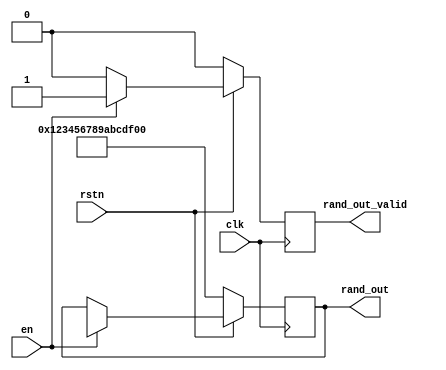
`timescale 1ns / 1ps

module urng#(parameter integer A =64'd6364136223846793005,
parameter integer C= 64'd1442695040888963407,
parameter integer M= 64'd9223372036854775808)(
    input clk,
    input en,
    input rstn,
    output reg [63:0] rand_out,
    output reg rand_out_valid = 0
);

// Parameters for the LCG algorithm
// Modulus (2^63)

// Internal state register
//reg [63:0] state;

// Always block for generating random numbers on each clock edge
always @(posedge clk) begin
    if (!rstn) begin
        // Reset state on reset signal
        rand_out_valid <=0;
        rand_out <= 64'h123456789ABCDEF0; // Initial seed value
    end else begin
        // Update state using LCG algorithm
        if(en)begin
            rand_out <= (A * rand_out + C) % M;
            rand_out_valid <=1;
        end else begin
            rand_out_valid <=0;
        end
    end
end

// Output the random number
//assign rand_out = state;

endmodule